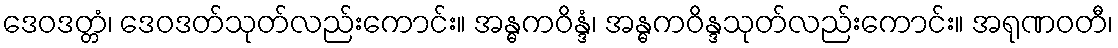
ဒေဝဒတ္တံ၊ ဒေဝဒတ်သုတ်လည်းကောင်း။ အန္ဓကဝိန္ဒံ၊ အန္ဓကဝိန္ဒသုတ်လည်းကောင်း။ အရုဏဝတီ၊